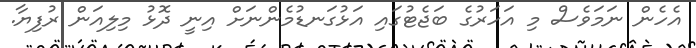
އެހެން ނަމަވެސް މި އަހަރުގެ ބަޖެޓުގައި އަޅުގަނޑުމެންނަށް އިނީ ދޮޅު މިލިއަން ރުފިޔާ.